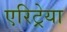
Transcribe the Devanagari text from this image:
एरिट्रेया